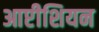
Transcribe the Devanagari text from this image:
आप्टीशियन